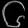
Digit: ၆